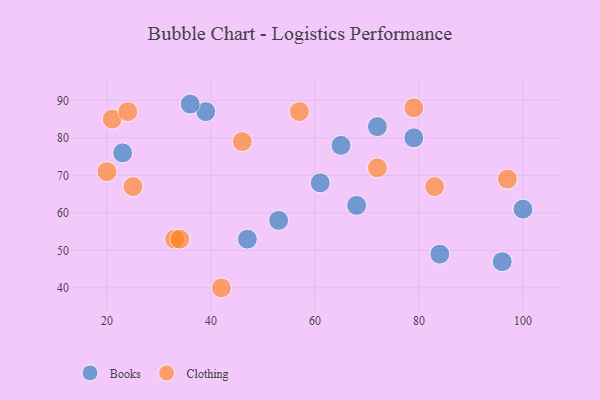
{"axis": {"x": "GDP", "y": "Life Expectancy"}, "legend": ["Books", "Clothing"], "data": [{"x": "23", "y": 76, "type": "Books"}, {"x": "53", "y": 58, "type": "Books"}, {"x": "100", "y": 61, "type": "Books"}, {"x": "39", "y": 87, "type": "Books"}, {"x": "96", "y": 47, "type": "Books"}, {"x": "79", "y": 80, "type": "Books"}, {"x": "36", "y": 89, "type": "Books"}, {"x": "61", "y": 68, "type": "Books"}, {"x": "72", "y": 83, "type": "Books"}, {"x": "65", "y": 78, "type": "Books"}, {"x": "84", "y": 49, "type": "Books"}, {"x": "47", "y": 53, "type": "Books"}, {"x": "68", "y": 62, "type": "Books"}, {"x": "20", "y": 71, "type": "Clothing"}, {"x": "21", "y": 85, "type": "Clothing"}, {"x": "24", "y": 87, "type": "Clothing"}, {"x": "79", "y": 88, "type": "Clothing"}, {"x": "33", "y": 53, "type": "Clothing"}, {"x": "72", "y": 72, "type": "Clothing"}, {"x": "46", "y": 79, "type": "Clothing"}, {"x": "83", "y": 67, "type": "Clothing"}, {"x": "42", "y": 40, "type": "Clothing"}, {"x": "25", "y": 67, "type": "Clothing"}, {"x": "97", "y": 69, "type": "Clothing"}, {"x": "57", "y": 87, "type": "Clothing"}, {"x": "34", "y": 53, "type": "Clothing"}]}